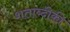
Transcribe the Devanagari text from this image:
शताब्दीकी